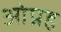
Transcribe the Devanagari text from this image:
ओप्रह